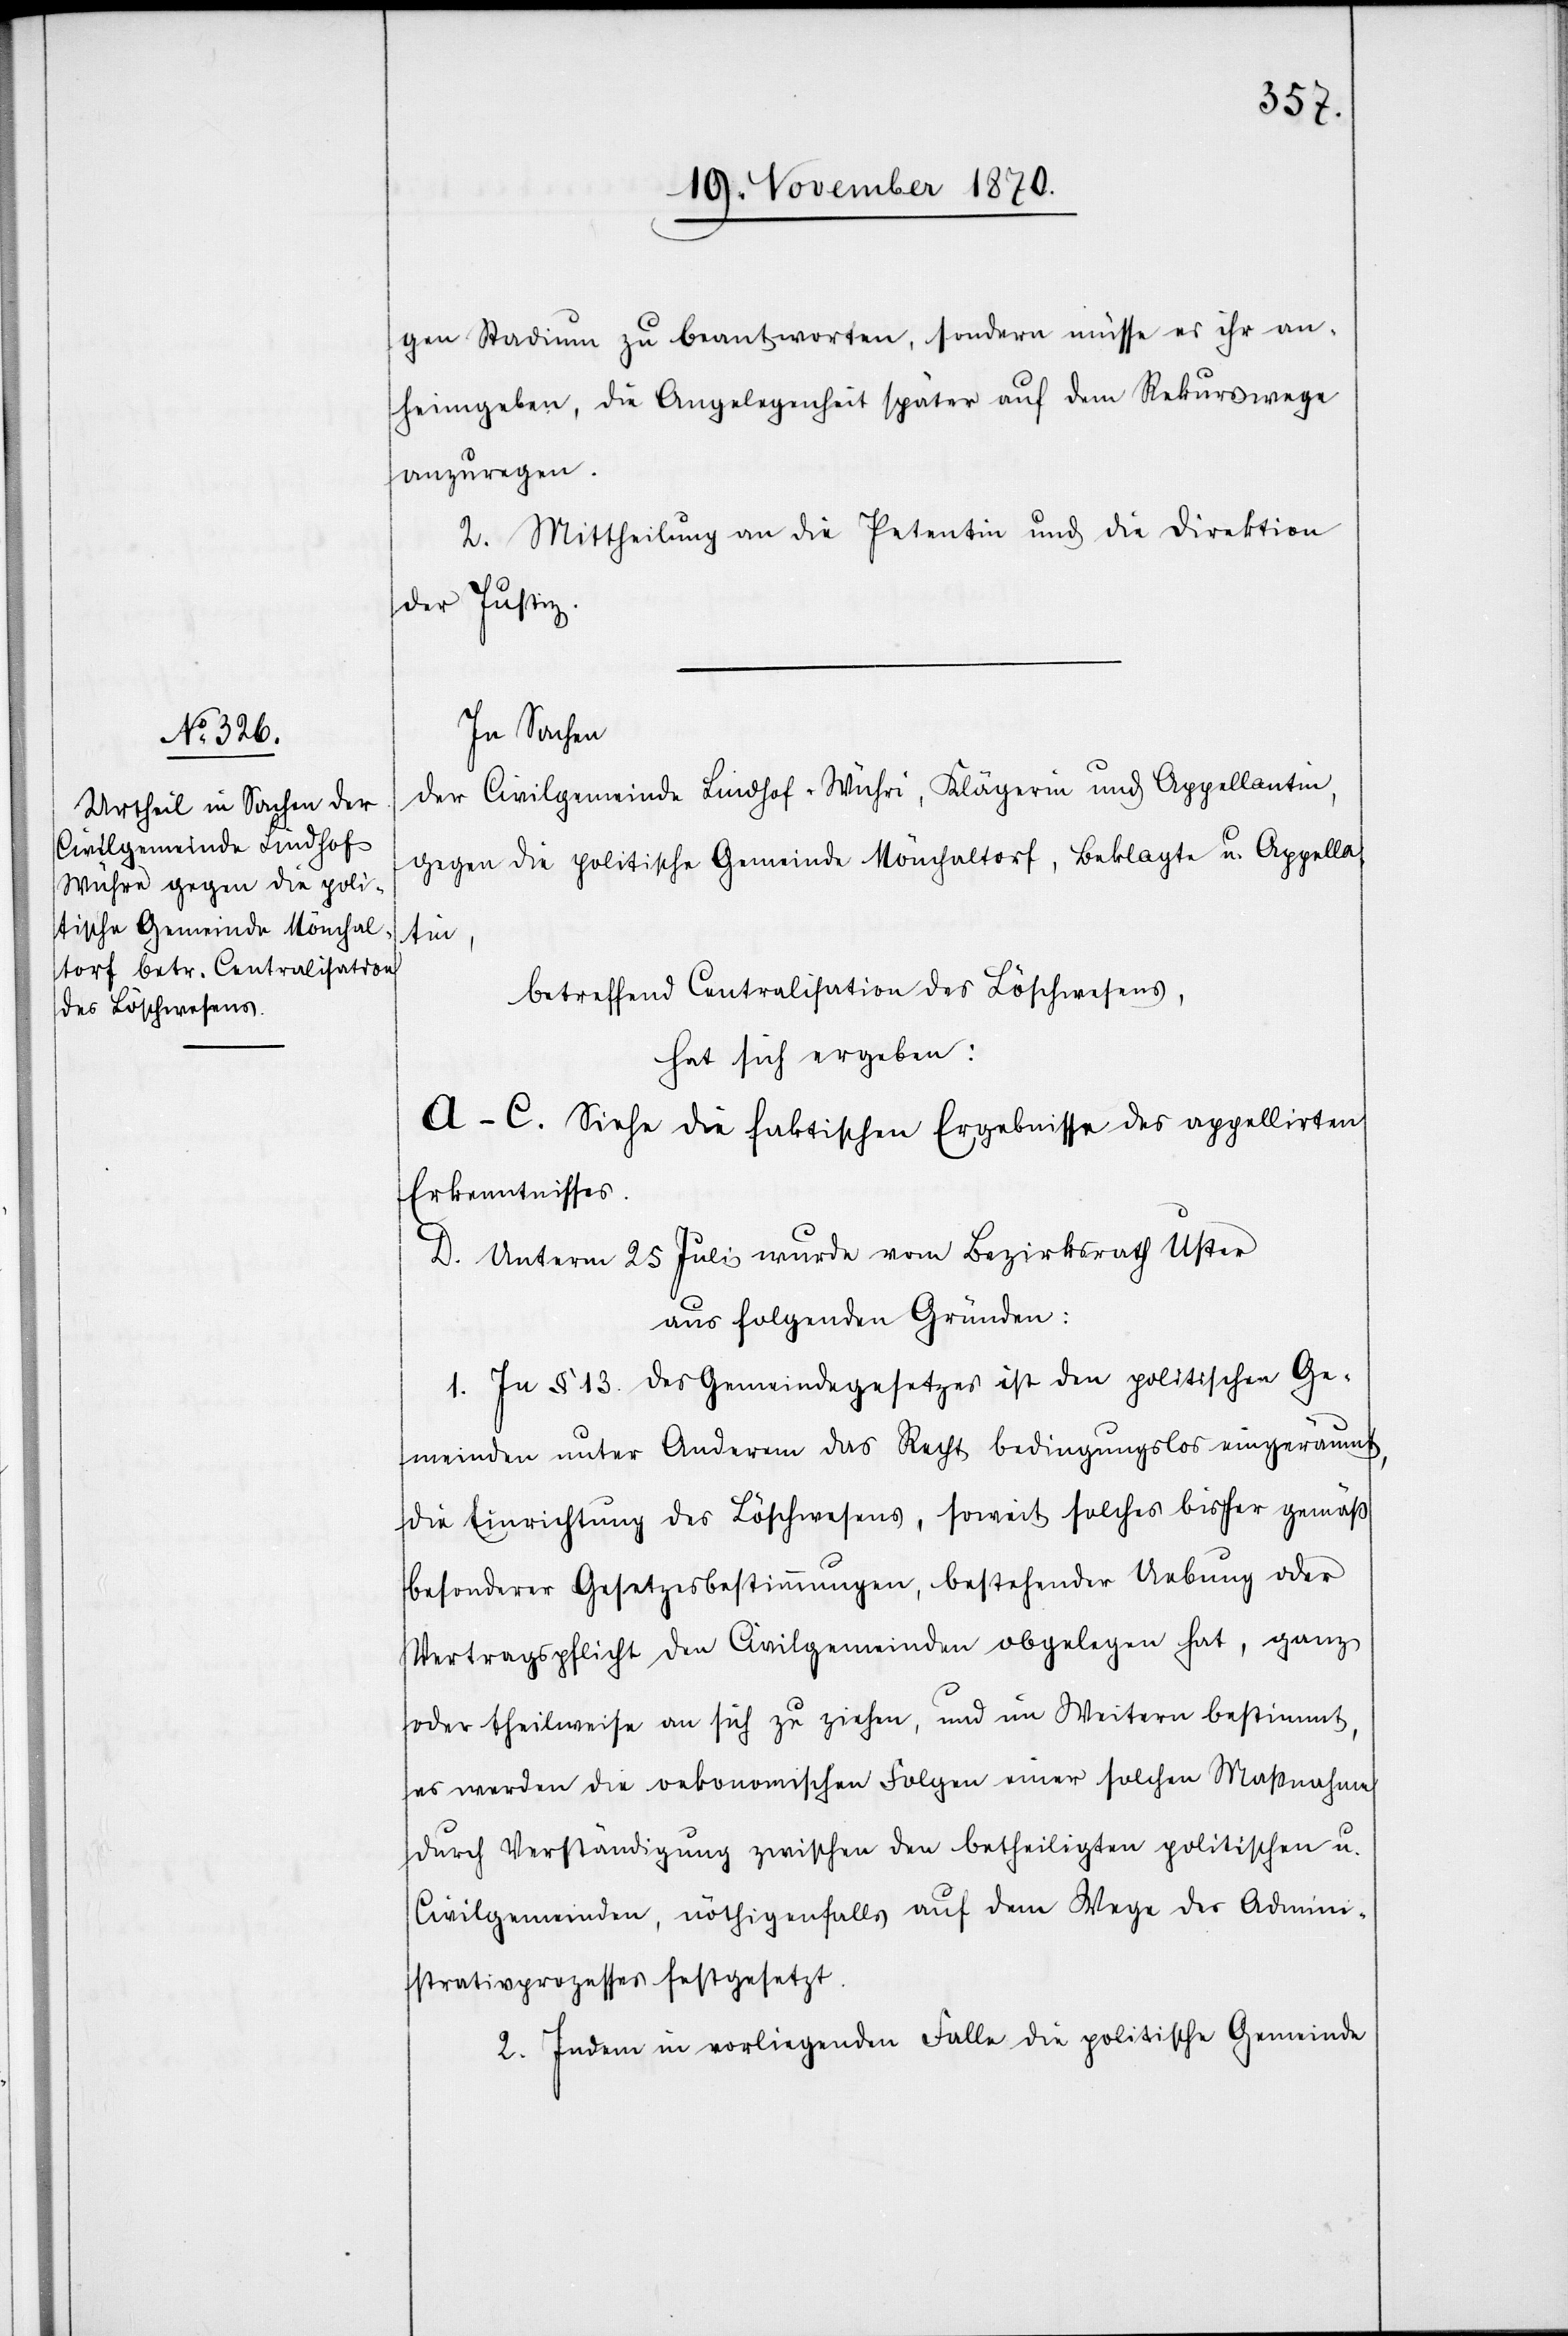
gen Stadium zu beantworten, sondern müsse es ihr an¬
heimgeben, die Angelegenheit später auf dem Rekurswege
anzuregen.
2. Mittheilung an die Petentin und die Direktion
der Justiz.
In Sachen
der Civilgemeinde Lindhof-Wühri, Klägerin und Appellantin,
gegen die politische Gemeinde Mönchaltorf, Beklagte u. Appella¬
tin,
betreffend Centralisation des Löschwesens
hat sich ergeben:
A–C. Siehe die faktischen Ergebnisse des appellirten
Erkenntnisses.
D. Unterm 25. Juli wurde vom Bezirksrath Uster
aus folgenden Gründen:
1. In § 13. des Gemeindegesetzes ist den politischen Ge¬
meinden unter Anderem das Recht bedingungslos eingeräumt,
die Einrichtung des Löschwesens, soweit solches bisher gemäß
besonderer Gesetzesbestimmungen, bestehender Uebung oder
Vertragspflicht den Civilgemeinden obgelegen hat, ganz
oder theilweise an sich zu ziehen, und im Weitern bestimmt,
es werden die oekonomischen Folgen einer solchen Maßnahme
durch Verständigung zwischen den betheiligten politischen u.
Civilgemeinden, nöthigenfalls auf dem Wege des Admini¬
strationsprozesses festgesetzt.
2. Indem im vorliegenden Falle die politische Gemeinde